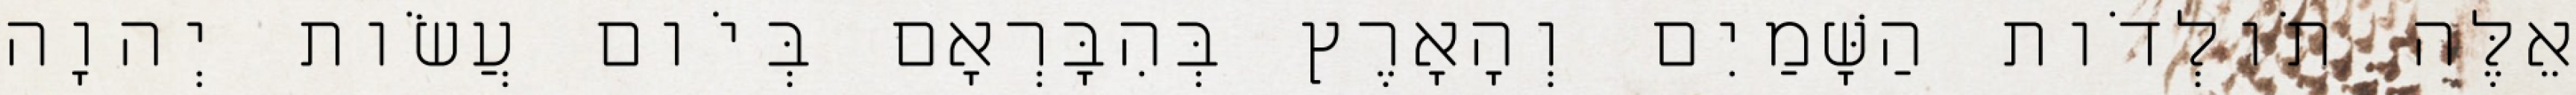
אֵלֶּה תֹולְדֹות הַשָּׁמַיִם וְהָאָרֶץ בְּהִבָּרְאָם בְּיֹום עֲשֹׂות יְהוָה